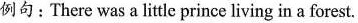
例句：There was a little prince living in a forest.